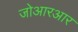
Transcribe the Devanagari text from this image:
जोआरआर